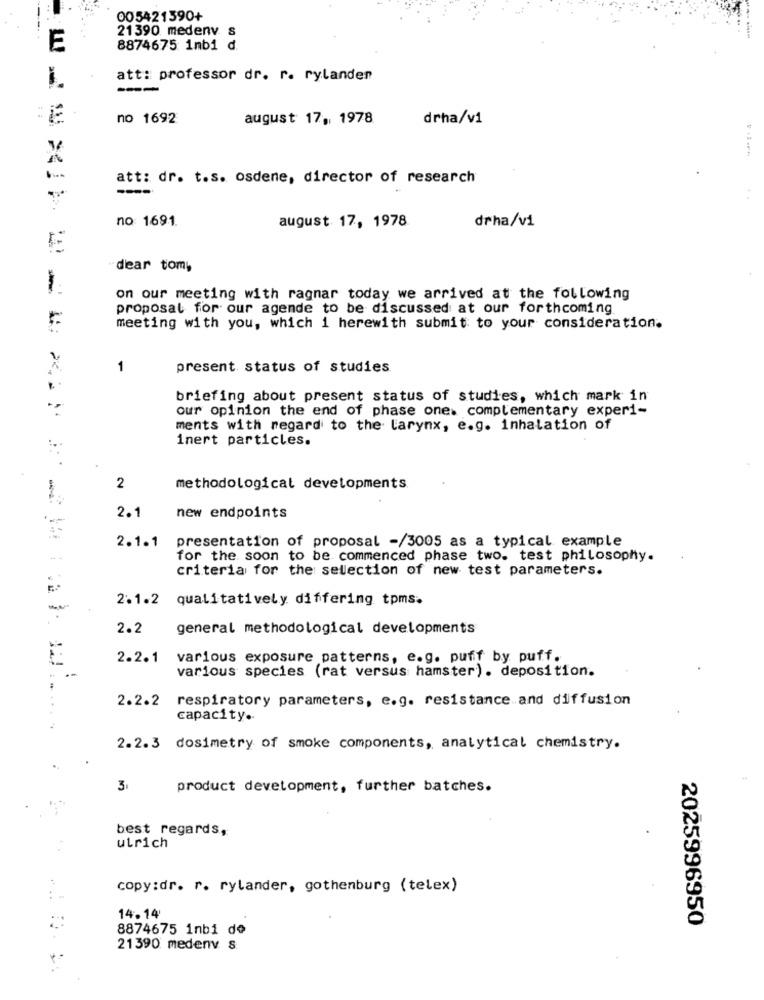
005421390+
--
21390 medenv. s
E
8874675 1mbi d.
att: professor dr. r. rylanden
---
no 1692
august 17, 1978
drha/v1
***** * 4
att: dr. t.s. osdene, director of research
---
no 1691.
drha/vi
august 17, 1978
dear tomy
on our meeting with ragnar today we arrived at the following
proposal for our agende to be discussed at our forthcoming
meeting with you, which i herewith submit to your consideration.
1
present status of studies
briefing about present status of studies, which mark in
our opinion the end of phase one. complementary experi-
ments with regard to the larynx, e.g. inhalation of
inert particles.
-
2
methodological developments.
2.1
new endpoints
presentation of proposal -/3005 as a typical example
2.1.1
for the soon to be commenced phase two. test philosophy.
criteria for the selection of new test parameters.
2.1.2 qualitatively differing tpms.
2.2
general methodological developments
2.2.1
various exposure patterns, e.g. puff by puff.
various species (rat versus hamster). deposition.
2.2.2
respiratory parameters, e.g. resistance and diffusion
capacity ..
2.2.3 dosimetry of smoke components, analytical chemistry.
product development, further batches.
best regards,
ulrich
copy:dr. r. rylander, gothenburg (telex)
14.14
8874675 inbi de
2025996950
21390 medenv s.